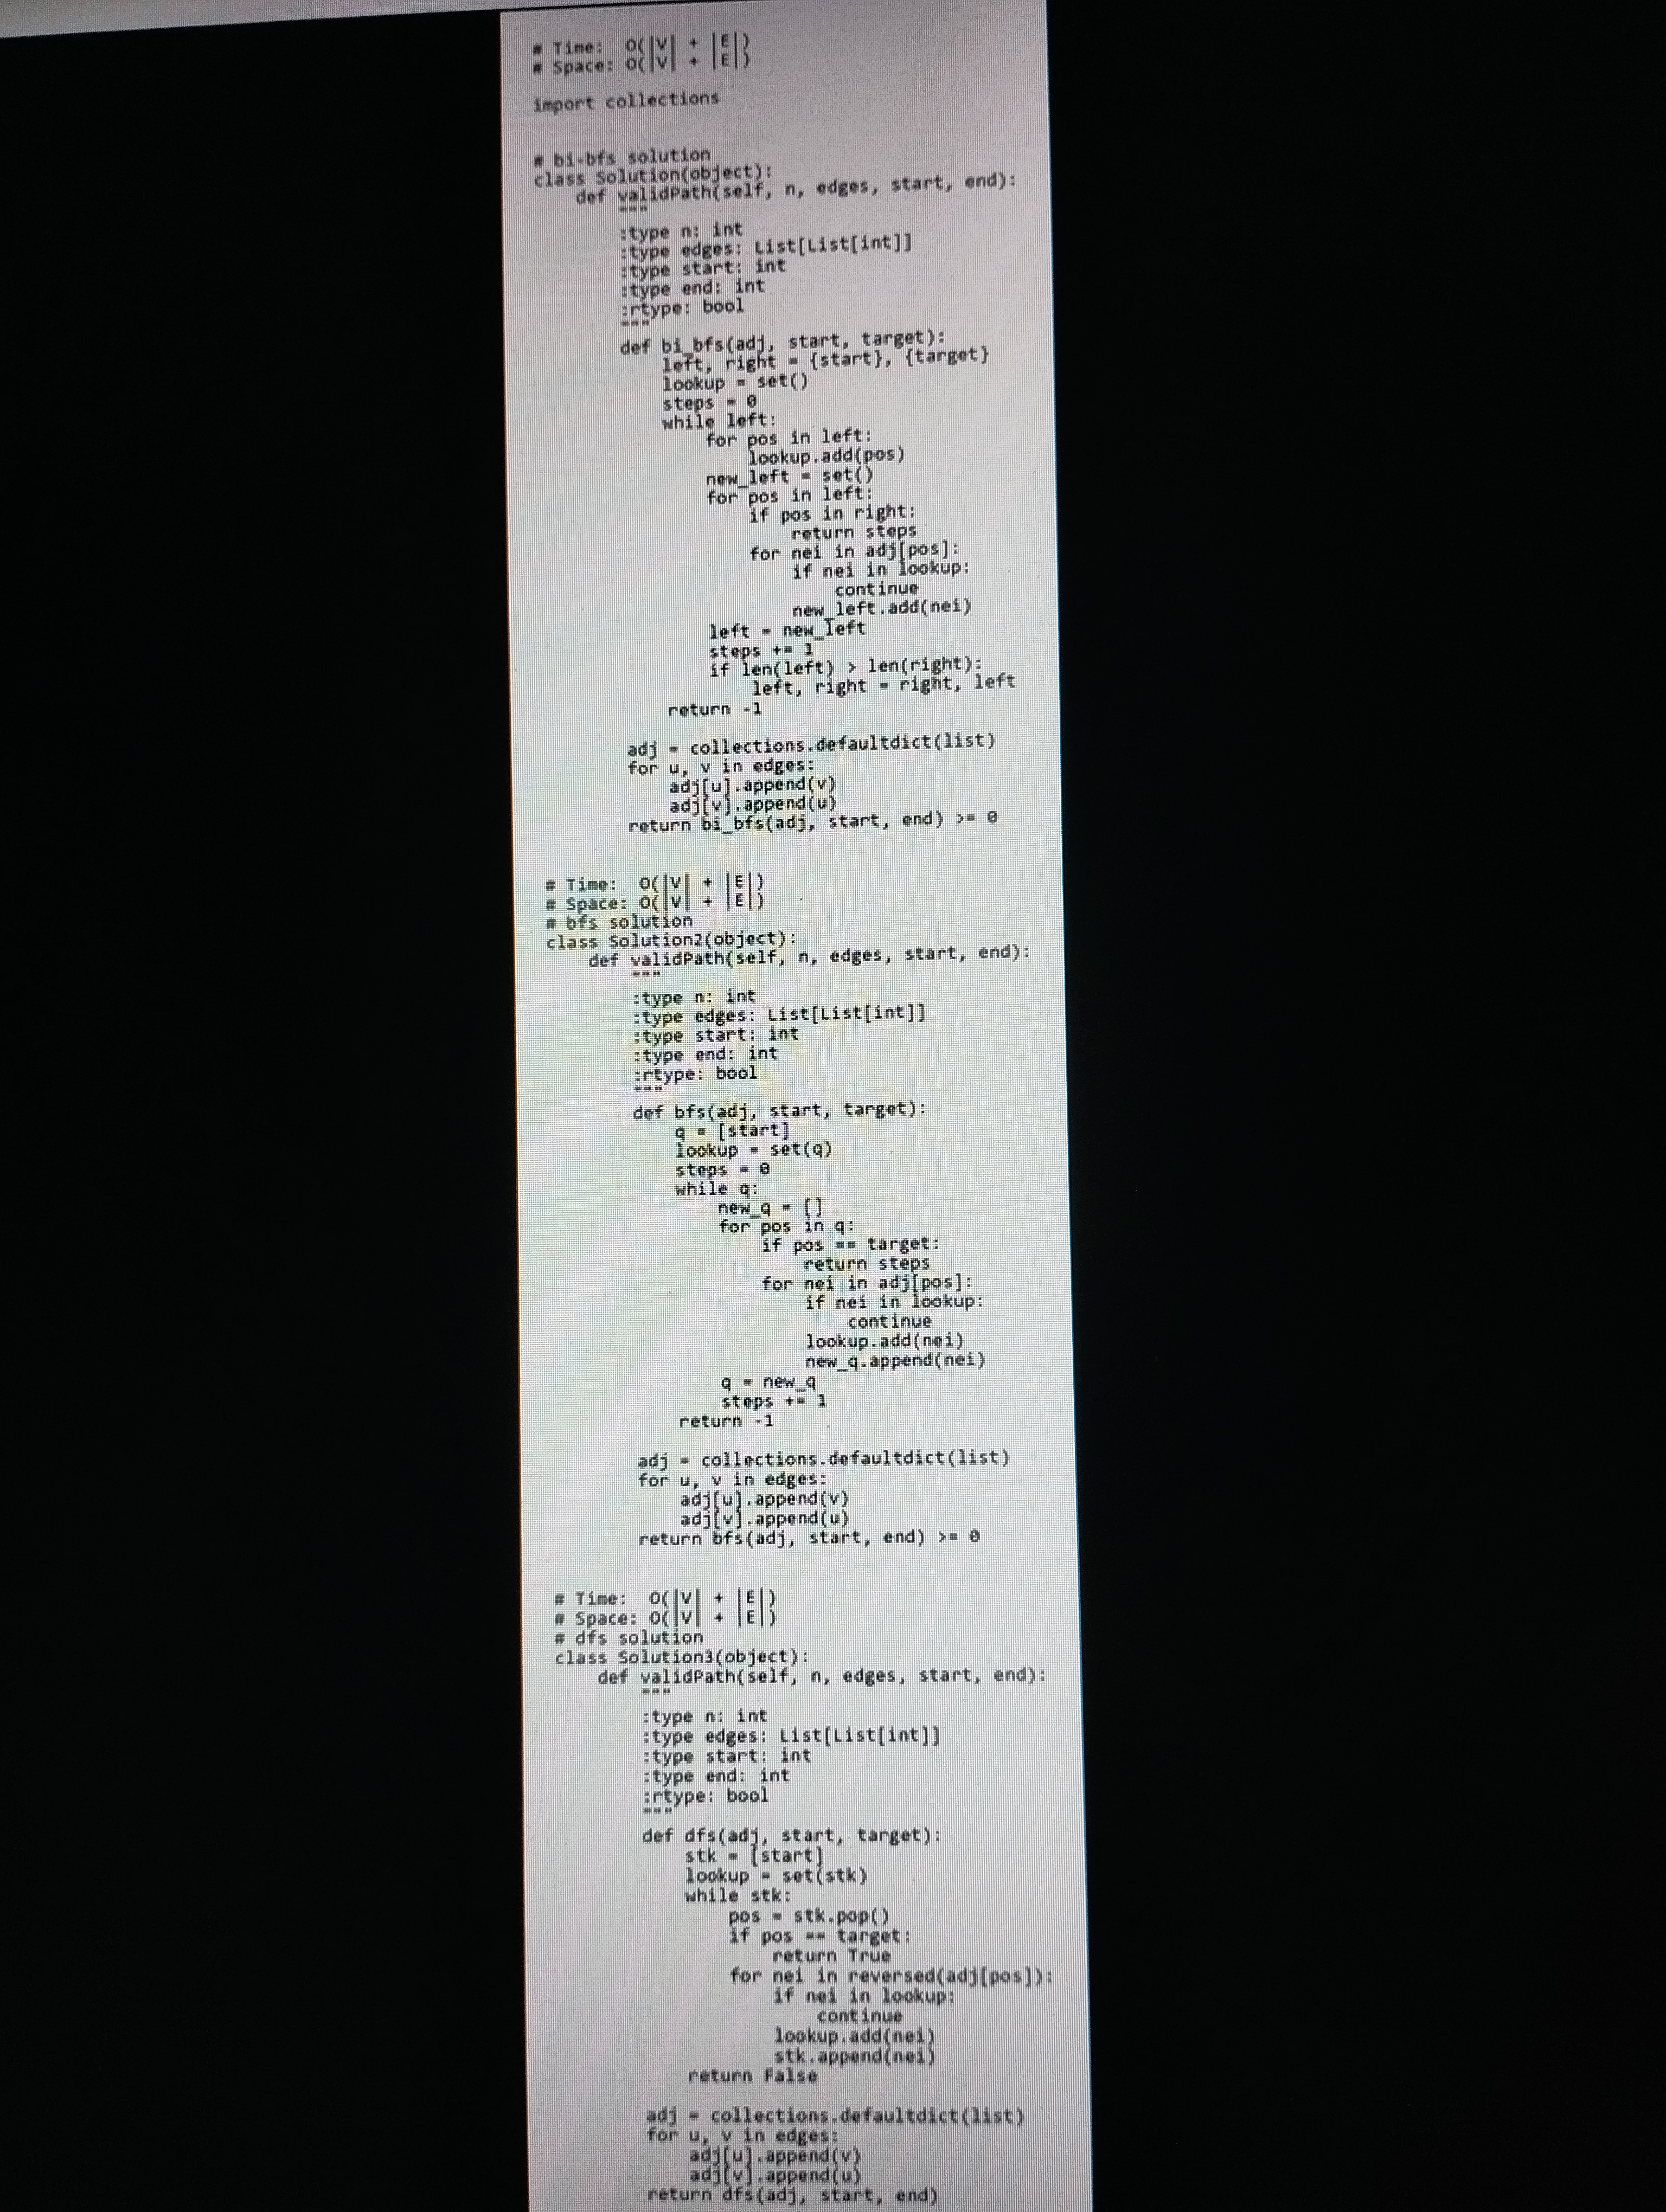
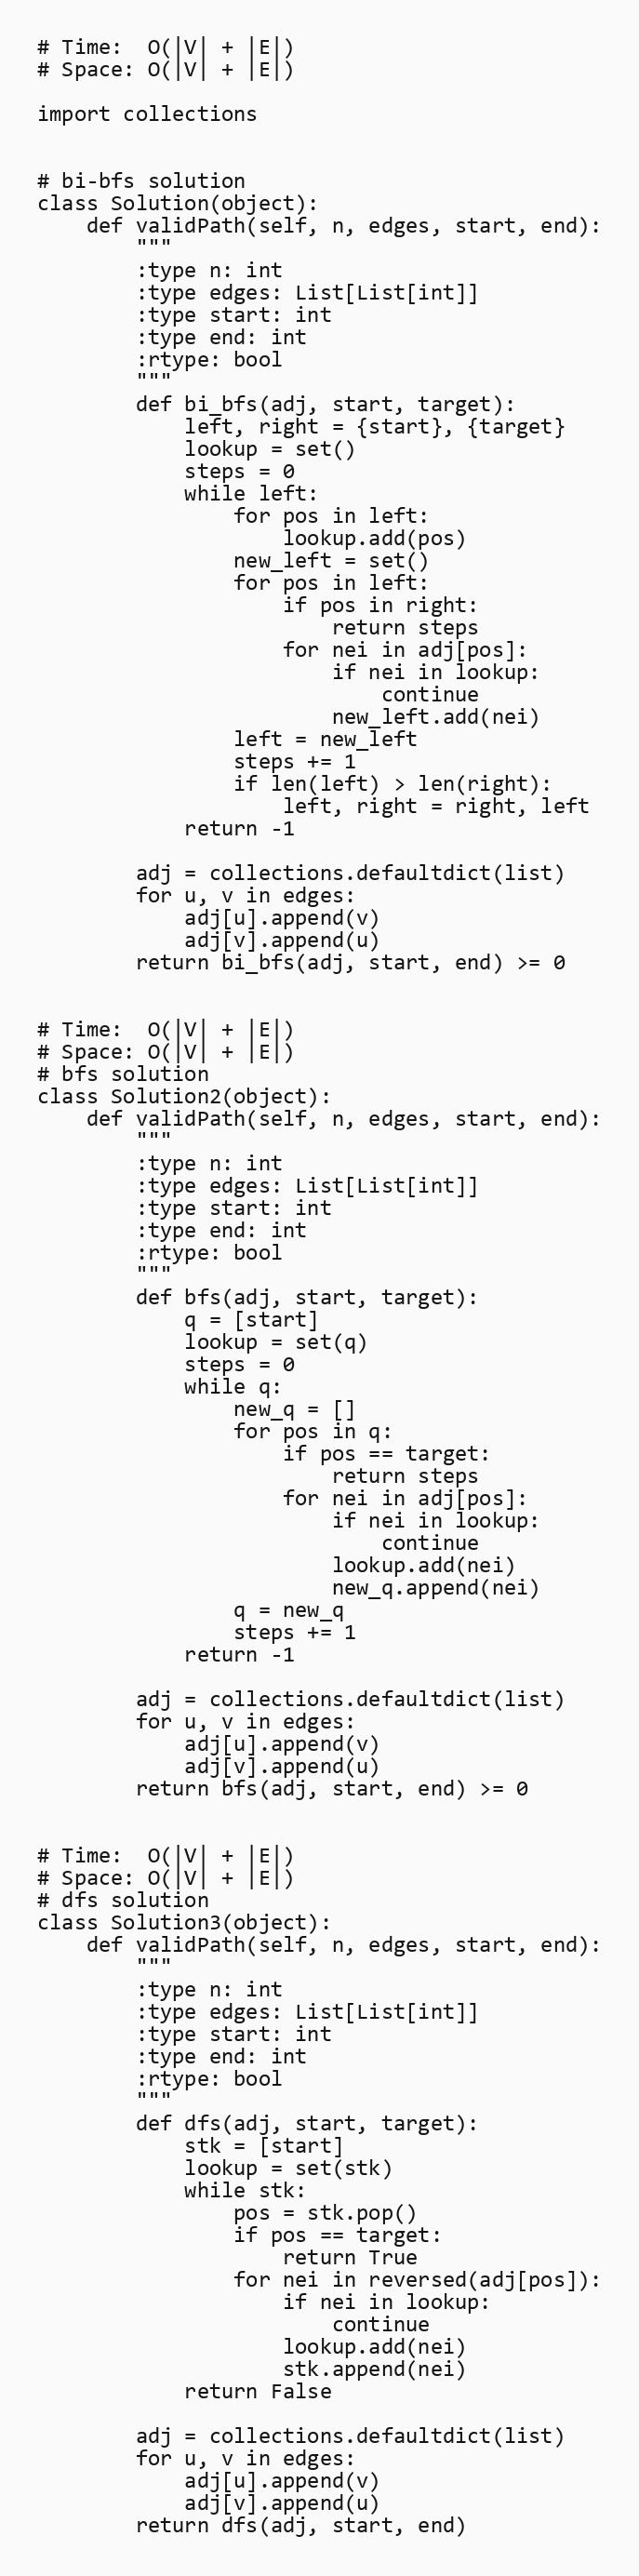
# Time:  O(|V| + |E|)
# Space: O(|V| + |E|)

import collections

# bi-bfs solution
class Solution(object):
    def validPath(self, n, edges, start, end):
        """
        :type n: int
        :type edges: List[List[int]]
        :type start: int
        :type end: int
        :rtype: bool
        """
        def bi_bfs(adj, start, target):
            left, right = {start}, {target}
            lookup = set()
            steps = 0
            while left:
                for pos in left:
                    lookup.add(pos)
                new_left = set()
                for pos in left:
                    if pos in right:
                        return steps
                    for nei in adj[pos]:
                        if nei in lookup:
                            continue
                        new_left.add(nei)
                left = new_left
                steps += 1
                if len(left) > len(right):
                    left, right = right, left
            return -1

        adj = collections.defaultdict(list)
        for u, v in edges:
            adj[u].append(v)
            adj[v].append(u)
        return bi_bfs(adj, start, end) >= 0

# Time:  O(|V| + |E|)
# Space: O(|V| + |E|)
# bfs solution
class Solution2(object):
    def validPath(self, n, edges, start, end):
        """
        :type n: int
        :type edges: List[List[int]]
        :type start: int
        :type end: int
        :rtype: bool
        """
        def bfs(adj, start, target):
            q = [start]
            lookup = set(q)
            steps = 0
            while q:
                new_q = []
                for pos in q:
                    if pos == target:
                        return steps
                    for nei in adj[pos]:
                        if nei in lookup:
                            continue
                        lookup.add(nei)
                        new_q.append(nei)
                q = new_q
                steps += 1
            return -1

        adj = collections.defaultdict(list)
        for u, v in edges:
            adj[u].append(v)
            adj[v].append(u)
        return bfs(adj, start, end) >= 0

# Time:  O(|V| + |E|)
# Space: O(|V| + |E|)
# dfs solution
class Solution3(object):
    def validPath(self, n, edges, start, end):
        """
        :type n: int
        :type edges: List[List[int]]
        :type start: int
        :type end: int
        :rtype: bool
        """
        def dfs(adj, start, target):
            stk = [start]
            lookup = set(stk)
            while stk:
                pos = stk.pop()
                if pos == target:
                    return True
                for nei in reversed(adj[pos]):
                    if nei in lookup:
                        continue
                    lookup.add(nei)
                    stk.append(nei)
            return False

        adj = collections.defaultdict(list)
        for u, v in edges:
            adj[u].append(v)
            adj[v].append(u)
        return dfs(adj, start, end)